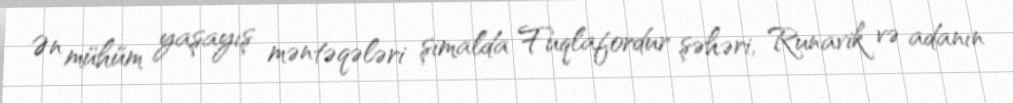
Ən mühüm yaşayış məntəqələri şimalda Fuqlafordur şəhəri, Runavik və adanın